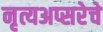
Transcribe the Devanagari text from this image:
नृत्यअप्सरेचे